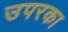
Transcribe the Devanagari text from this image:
उपरका